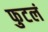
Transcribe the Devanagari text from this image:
फुटलं